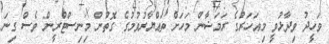
ވަހީދު ވިދާޅުވީ މިއަހަރުގެ ރަމަޟާން މަހަށް ތައްޔާރުވުމުގެ ގޮތުން މިނިސްޓްރީން ވެސް ގިނަ